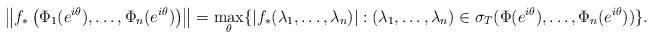
LaTeX: \begin{align*}\left\| f_*\left( \Phi_1(e^{i\theta}),\dots,\Phi_{n}(e^{i\theta}) \right) \right\| = \max_{\theta} \{|f_*(\lambda_1,\dots,\lambda_{n})|: (\lambda_1,\dots,\lambda_{n}) \in\sigma_T(\Phi(e^{i\theta}),\dots,\Phi_{n}(e^{i\theta})) \}.\end{align*}